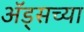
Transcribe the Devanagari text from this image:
अॅड्सच्या